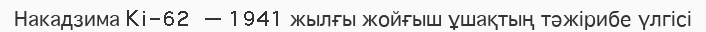
Накадзима Ki-62 — 1941 жылғы жойғыш ұшақтың тәжірибе үлгісі